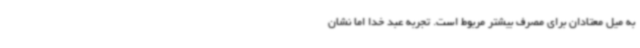
به میل معتادان برای مصرف بیشتر مربوط است. تجربه عبد خدا اما نشان